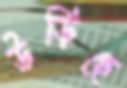
উড়িছে